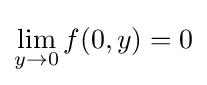
\lim _{y\to 0}f(0,y)=0